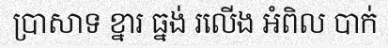
ប្រាសាទ ខ្នារ ធ្នង់ រលើង អំពិល បាក់